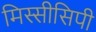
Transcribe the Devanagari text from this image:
मिस्सीसिपी